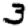
Digit: 3